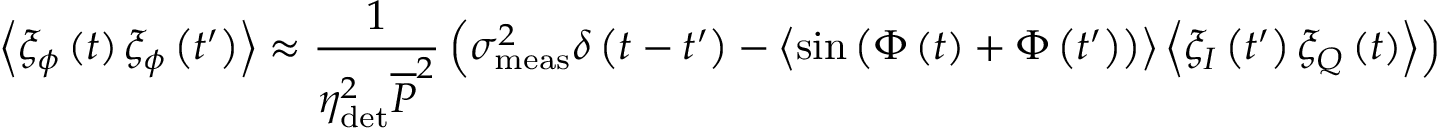
\left\langle \xi _ { \phi } \left( t \right) \xi _ { \phi } \left( t ^ { \prime } \right) \right\rangle \approx \frac { 1 } { \eta _ { \mathrm { d e t } } ^ { 2 } \overline { { P } } ^ { 2 } } \left( \sigma _ { \mathrm { m e a s } } ^ { 2 } \delta \left( t - t ^ { \prime } \right) - \left\langle \sin { \left( \Phi \left( t \right) + \Phi \left( t ^ { \prime } \right) \right) } \right\rangle \left\langle \xi _ { I } \left( t ^ { \prime } \right) \xi _ { Q } \left( t \right) \right\rangle \right) .